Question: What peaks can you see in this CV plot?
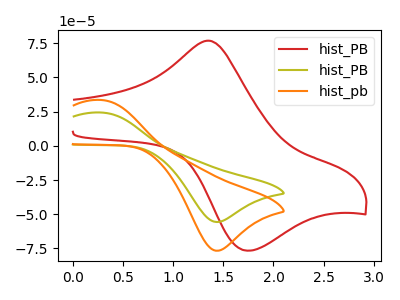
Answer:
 <answer>The red curve "hist_PB" has an anodic peak at (1.35V, 76.65uA) and a cathodic peak at (1.75V, -76.55uA). The olive curve "hist_PB" has an anodic peak at (0.30V, 24.25uA) and a cathodic peak at (1.45V, -55.65uA). The orange curve "hist_pb" has an anodic peak at (0.30V, 33.40uA) and a cathodic peak at (1.45V, -76.65uA).</answer>
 <eval></eval>